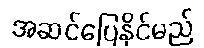
အဆင်ပြေနိုင်မည်